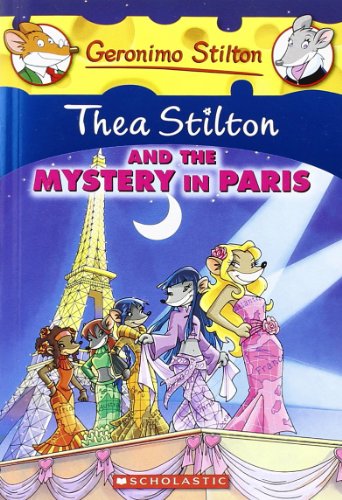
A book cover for Thea Stilton and the Mystery in Paris (Geronimo Stilton Special Edition); Thea Stilton; Children's Books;